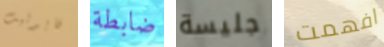
فايوليت ضابطة جليسة افهمت